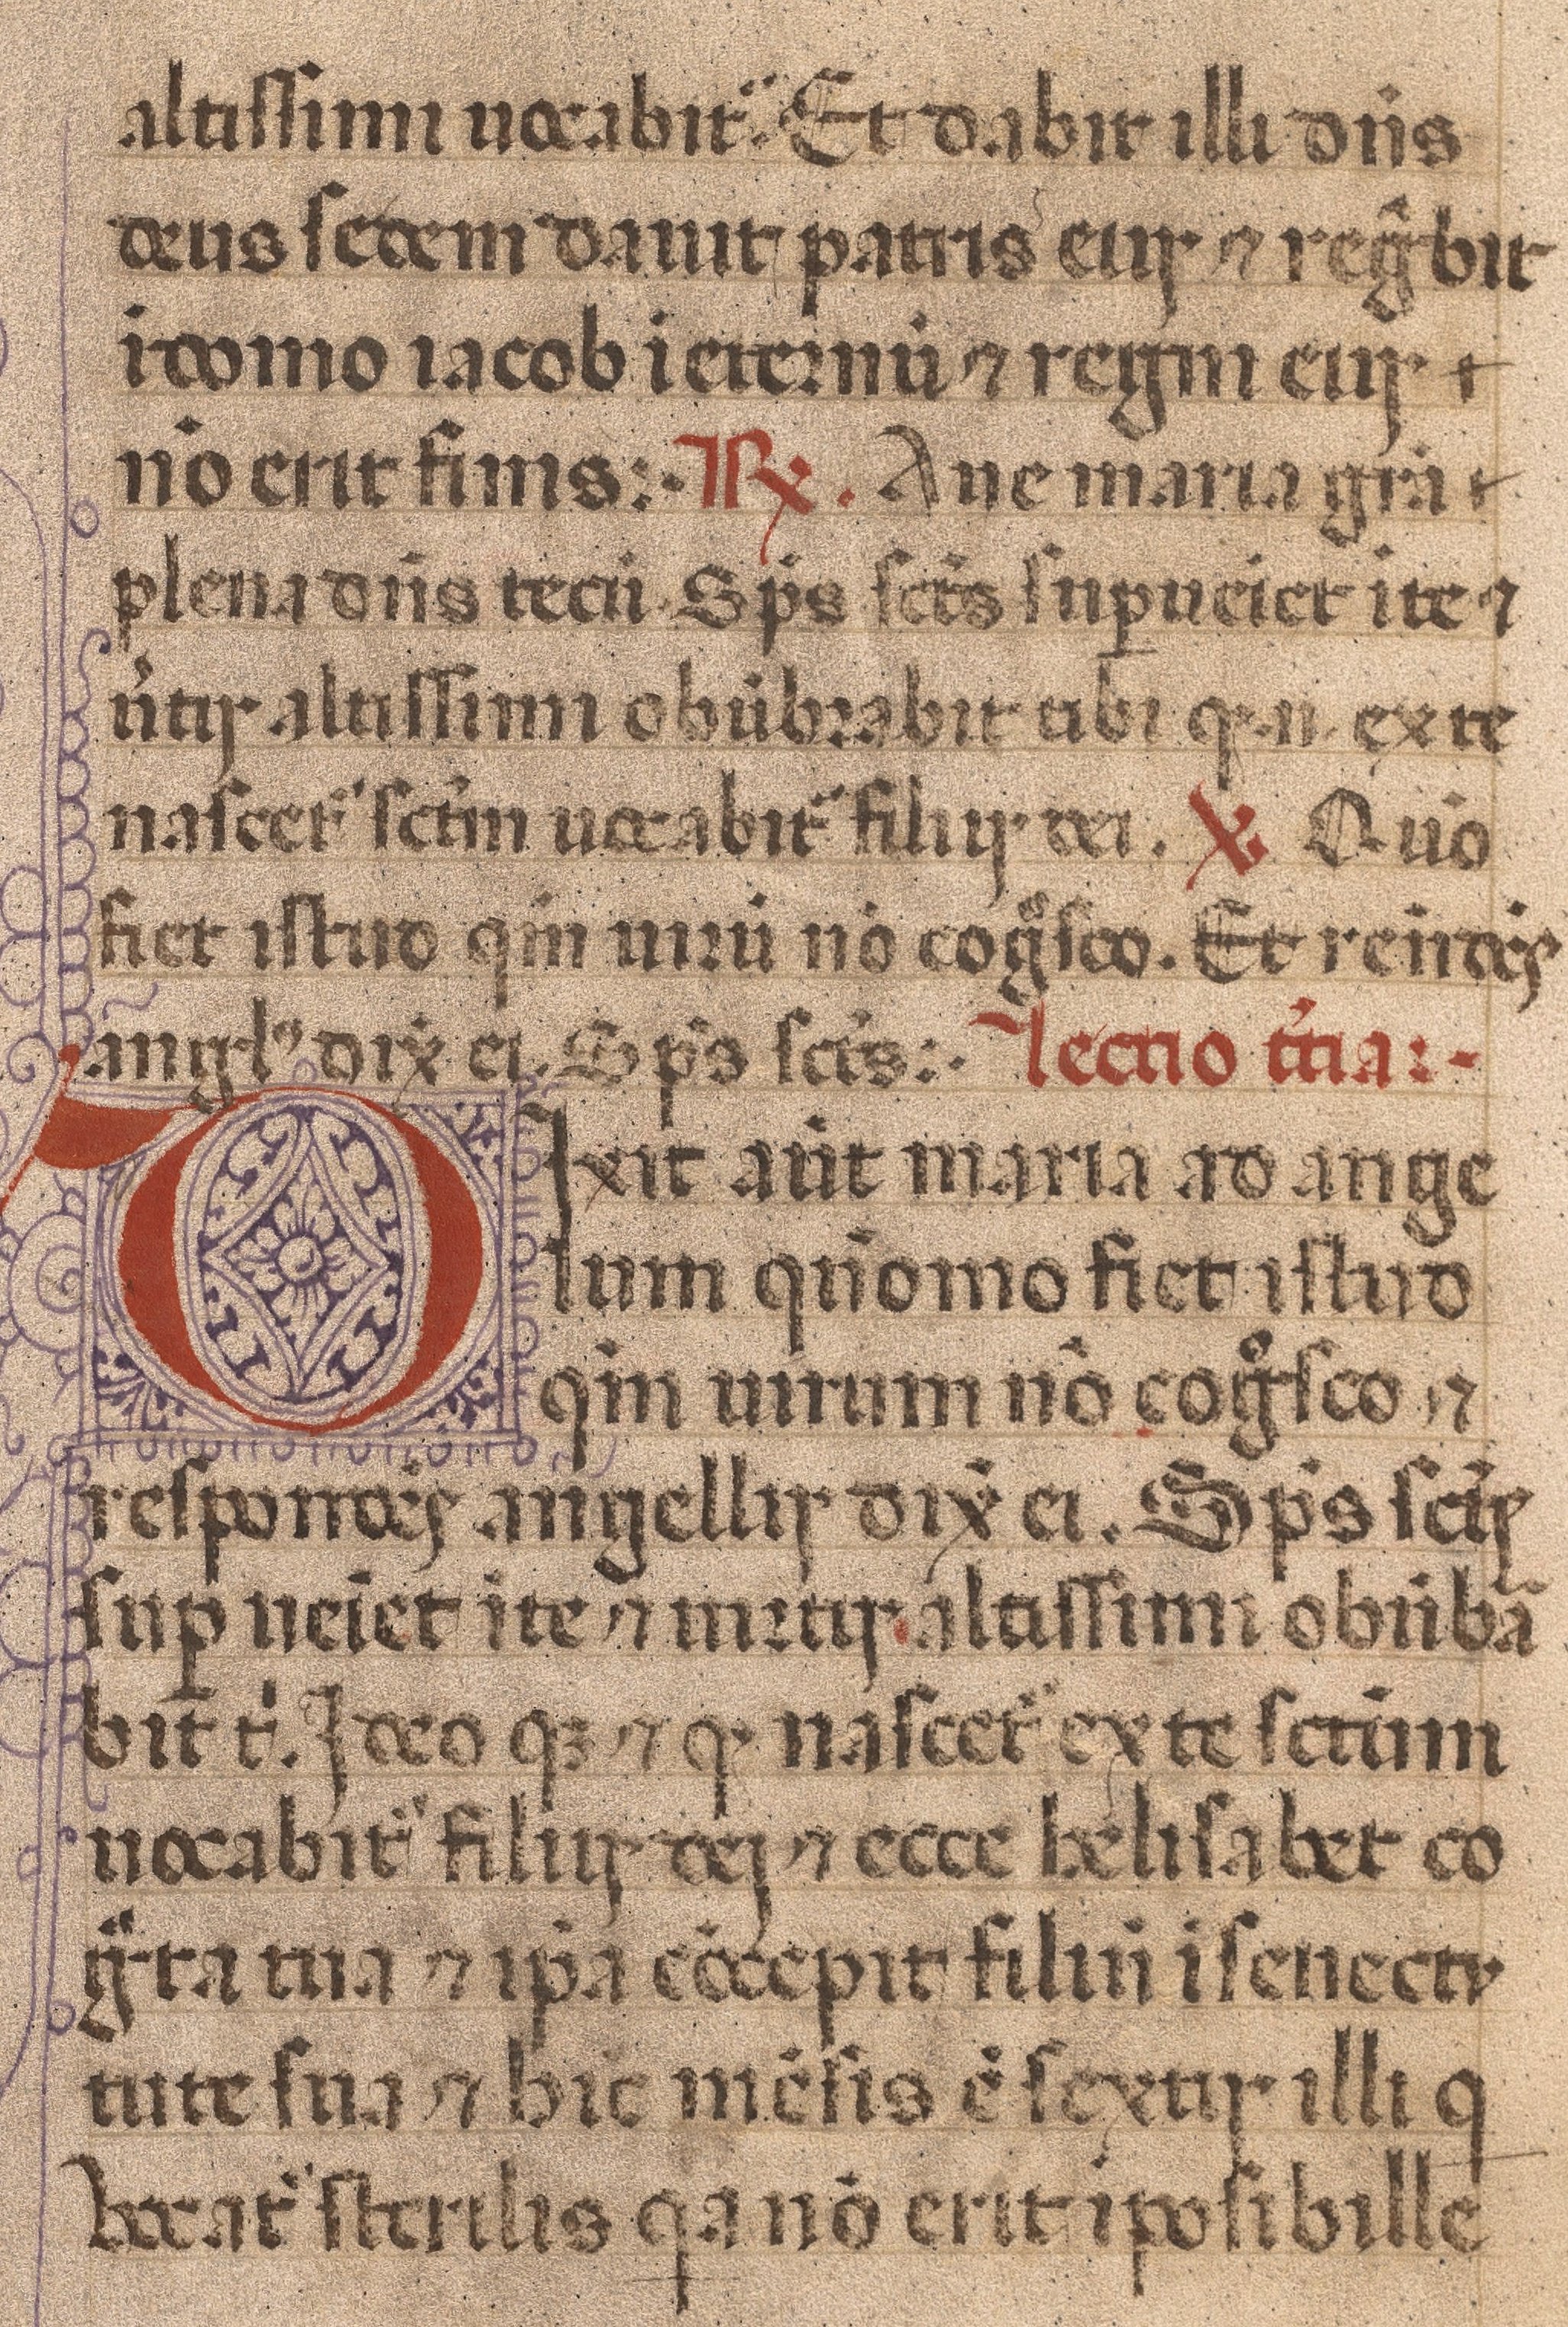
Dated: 1450–1484